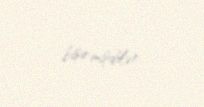
bişirmişdilər.